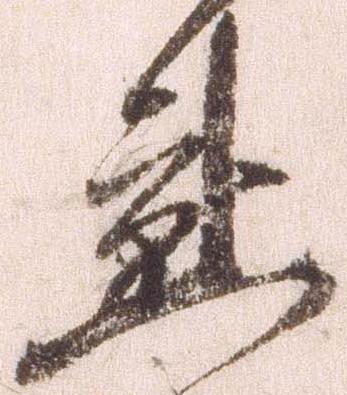
懇